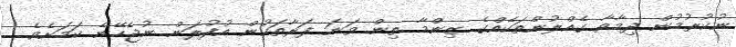
ނުކުރުމުން ދިމާވާ ގެއްލުންތަކެއްގެ ޒިންމާ ތިން ވަނަ ފަރާތަކުން އުފުލަން ނުޖެހޭނެ ކަމަށެވެ.